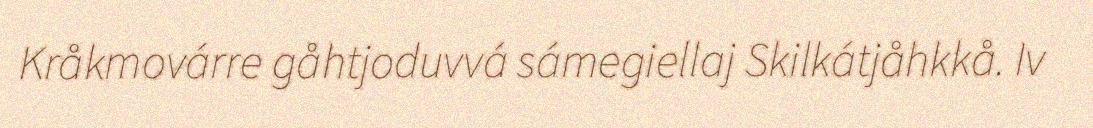
Kråkmovárre gåhtjoduvvá sámegiellaj Skilkátjåhkkå. Iv